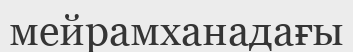
мейрамханадағы